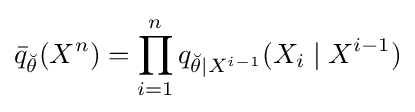
{\bar {q}}_{\breve {\theta }}(X^{n})=\prod _{i=1}^{n}q_{{\breve {\theta }}\mid X^{i-1}}(X_{i}\mid X^{i-1})